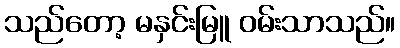
သည်တော့ မနှင်းမြူ ဝမ်းသာသည်။